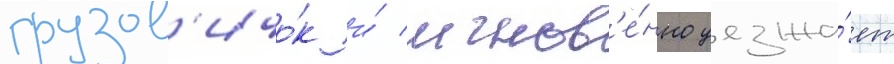
грузов'ичо́к и́ мгнов'е́нно уезжа́ет